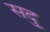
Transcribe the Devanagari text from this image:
सदु